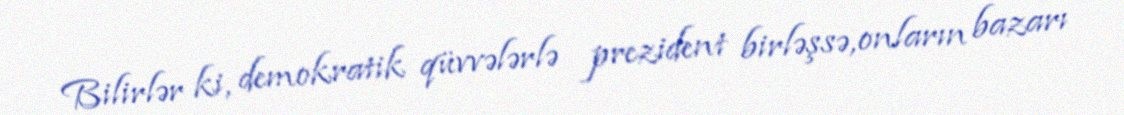
Bilirlər ki, demokratik qüvvələrlə prezident birləşsə, onların bazarı